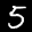
Label: 5